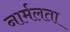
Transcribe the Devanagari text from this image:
नार्मलता